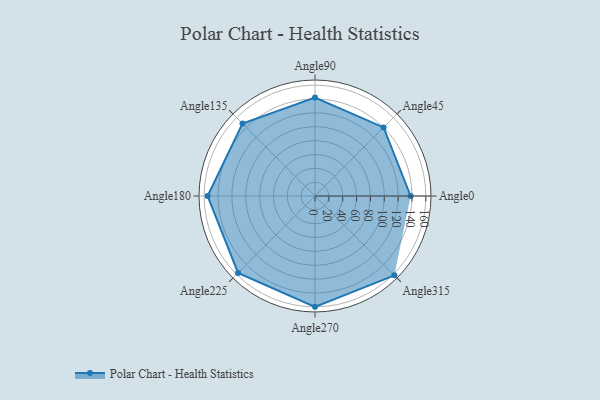
{"axis": {"x": "Angle", "y": "Radius"}, "legend": [""], "data": [{"x": "Angle0", "y": 138.0, "type": ""}, {"x": "Angle45", "y": 140.0, "type": ""}, {"x": "Angle90", "y": 142.0, "type": ""}, {"x": "Angle135", "y": 148.0, "type": ""}, {"x": "Angle180", "y": 155.0, "type": ""}, {"x": "Angle225", "y": 157.0, "type": ""}, {"x": "Angle270", "y": 160.0, "type": ""}, {"x": "Angle315", "y": 162.0, "type": ""}]}